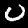
Digit: 0